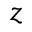
z